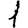
Digit: 1